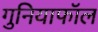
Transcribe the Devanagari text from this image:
गुनियाफॉल